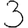
Digit: 3